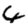
Digit: 4